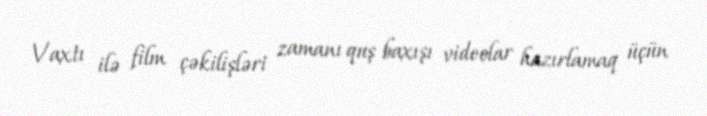
Vaxtı ilə film çəkilişləri zamanı quş baxışı videolar hazırlamaq üçün